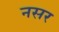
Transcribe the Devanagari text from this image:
नसर